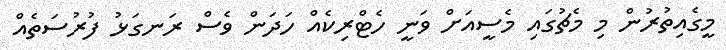
މީގެއިތުރުން މި މެޗުގައި މެސީއަށް ވަނީ ހެޓްރިކެއް ހަދަން ވެސް ރަނގަޅު ފުރުސަތެއް